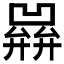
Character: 𢍭